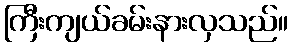
ကြီးကျယ်ခမ်းနားလှသည်။